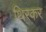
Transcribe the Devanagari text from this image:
थिरकर